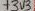
Text: +303